Madras plague regulations in force outside the Presidency town - Volume 3
Disease focus: Plague
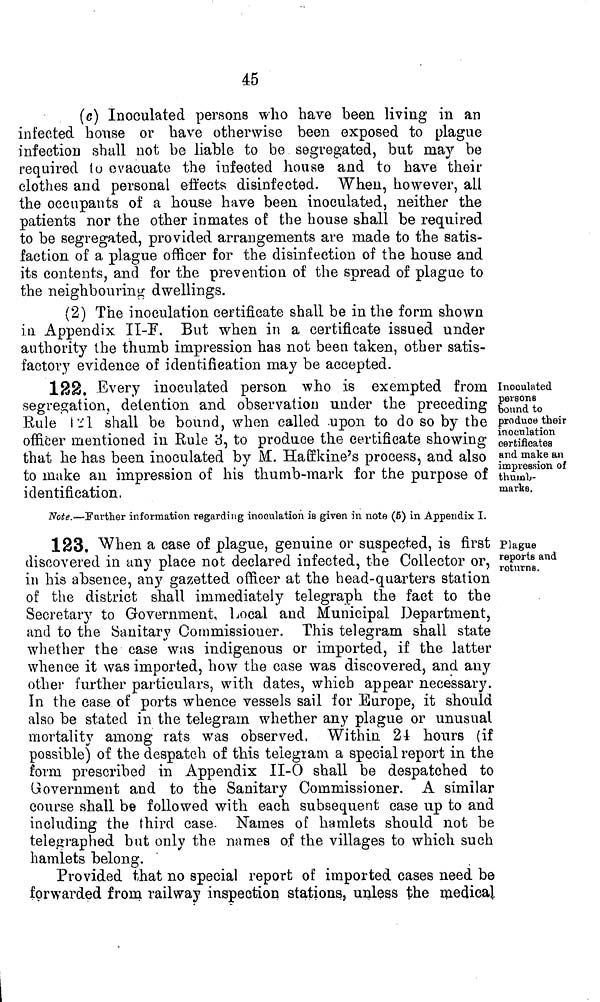
45
(c) Inoculated persons who have been living in an
infected house or have otherwise been exposed to plague
infection shall not be liable to be segregated, but may be
required (o evacuate the infected house and to have their
clothes and personal effects disinfected. When, however, all
the occupants of a house have been, inoculated, neither the
patients nor the other inmates of the house shall be required
to be segregated, provided arrangements are made to the satis-
faction of a plague officer for the disinfection of the house and
its contents, and for the prevention of the spread of plague to
the neighbouring dwellings.
(2) The inoculation certificate shall be in the form shown
in Appendix II-!F. But when in a certificate issued under
authority the thumb impression has not been taken, other satis-
factory evidence of identification may be accepted.
138. Every inoculated person who is exempted from
segregation, detention and observation under the preceding
Bule i-'l shall be bound, when called .upon to do so by the
officer mentioned in Rule 3, to produce the certificate showing
that he has been inoculated by M. Hafrkine's process, and also
to make an impression of his thumb-mark for the purpose of
identification.
Note.—Further information regarding inoculation is giyen in note (6) in Appendix I.
Inoculated
persons
bound to
produce their
inoculation
certificates
and make an
impression of
thumb-
marks.
1S3, When a ease of plague, genuine or suspected, is first
discovered in any place not declared infected, the Collector or,
in his absence, any gazetted officer at the head-quarters station
of the district shall immediately telegraph the fact to the
Secretary to Government, Local and Municipal Department,
and to the Sanitary Commissioner. This telegram shall state
whether the case was indigenous or imported, if the latter
whence it was imported, how the case was discovered, and any
other further particulars, with dates, which appear necessary.
In the case of ports whence vessels sail for Europe, it should
also be stated in the telegram whether any plague or unusual
mortality among rats was observed, Within 24 hours (if
possible) of the despatch of this telegram a special report in the
form prescribed in Appendix II-O shall be despatched to
Government and to the Sanitary Commissioner. A similar
course shall be followed with each subsequent case up to and
including the third case. Names of hamlets should not be
telegraphed but only the names of the villages to which such
hamlets belong.
Provided that no special report of imported cases need be
forwarded from railway inspection stations, unless the medical
Plague
reports and
returns.